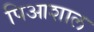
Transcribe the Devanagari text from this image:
पिआशाल